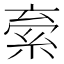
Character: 𬗐